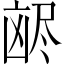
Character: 𫥥